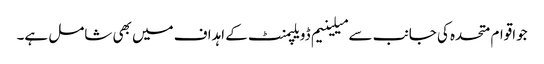
جواقوام متحدہ کی جانب سے میلینیم ڈویلپمنٹ کے اہداف میں بھی شامل ہے۔